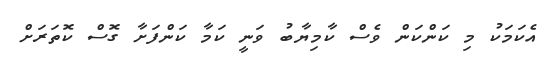
އެކަމަކު މި ކަންކަން ވެސް ކާމިޔާބު ވަނީ ކަމާ ކަންފަށާ ގޮސް ކޮތަރަށް